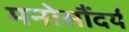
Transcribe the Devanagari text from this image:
मनोसौंदर्य